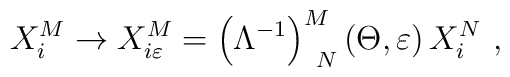
X_{i}^{M}\rightarrow X_{i\varepsilon }^{M}=\left( \Lambda ^{-1}\right)_{\,\,\,N}^{M}\left( \Theta ,\varepsilon \right) X_{i}^{N}\,\,,